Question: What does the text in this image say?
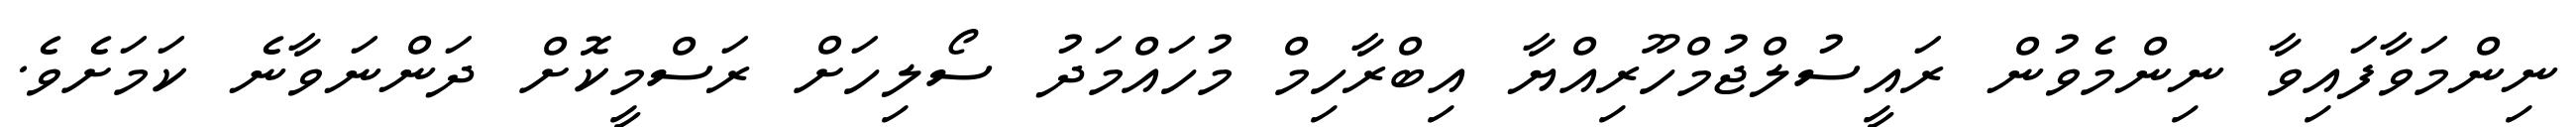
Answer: ނިންމަވާފައިވާ ނިންމެވުން ރައީސުލްޖުމްހޫރިއްޔާ އިބްރާހިމް މުހައްމަދު ސޯލިހަށް ރަސްމީކޮށް ދަންނަވާނެ ކަމަށެވެ.